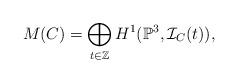
LaTeX: \begin{align*} M(C) = \bigoplus_{t \in \mathbb Z} H^1(\mathbb P^3, \mathcal I_C(t)), \end{align*}